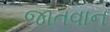
જાતવાન